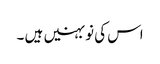
اس کی نو بہنیں ہیں ۔